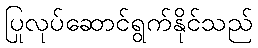
ပြုလုပ်ဆောင်ရွက်နိုင်သည်